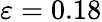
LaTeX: \varepsilon=0.18